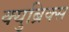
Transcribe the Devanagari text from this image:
क्युब्रिक्स